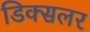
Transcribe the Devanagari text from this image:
डिक्सलर